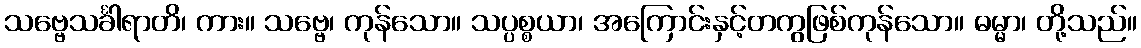
သဗ္ဗေသင်္ခါရာတိ၊ ကား။ သဗ္ဗေ၊ ကုန်သော။ သပ္ပစ္စယာ၊ အကြောင်းနှင့်တကွဖြစ်ကုန်သော။ ဓမ္မာ၊ တို့သည်။